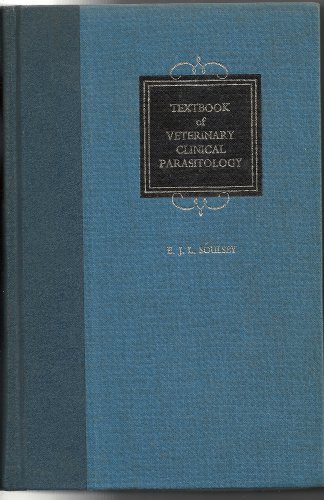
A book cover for Textbook of Veterinary Clinical Parasitology - Volume 1 - Helminths; E. J. L. Soulsby; Medical Books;